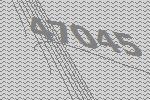
47045